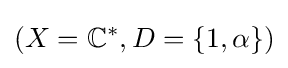
(X=\mathbb {C} ^{*},D=\{1,\alpha \})